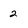
Character: 2